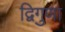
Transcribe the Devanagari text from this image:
द्विगुणा